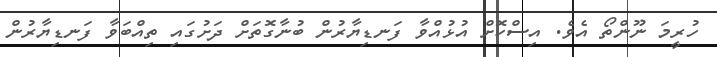
ހުރީމަ ނޫންތޯ އެވެ. އިސްކޮށް އުޅުއްވާ ފަނޑިޔާރުން ބުނާގޮތަށް ދަށުގައި ތިއްބަވާ ފަނޑިޔާރުން